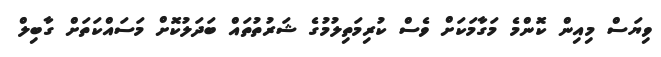
ވިޔަސް މިއިން ކޮންމެ މަގާމަކަށް ވެސް ކުރިމަތިލުމުގެ ޝަރުތުތައް ބަދަލުކޮށް މަސައްކަތަށް ގާބިލް